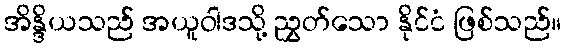
အိန္ဒိယသည် အယူဝါဒသို့ ညွှတ်သော နိုင်ငံ ဖြစ်သည်။